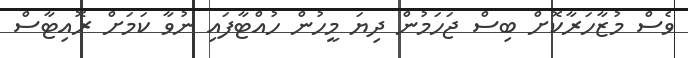
ވެސް މުޒާހަރާކޮށް ބިސް ޖަހަމުން ދިޔަ މީހުން ހުއްޓާފައި ނުވާ ކަމަށް ރޮއިޓާސް